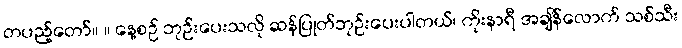
တပည့်တော်။ ။ နေ့စဉ် ဘုဉ်းပေးသလို ဆန်ပြုတ်ဘုဉ်းပေးပါတယ်၊ ကိုးနာရီ အချိန်လောက် သစ်သီး